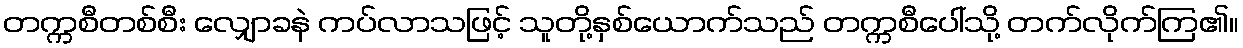
တက္ကစီတစ်စီး လျှောခနဲ ကပ်လာသဖြင့် သူတို့နှစ်ယောက်သည် တက္ကစီပေါ်သို့ တက်လိုက်ကြ၏။